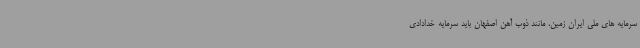
سرمایه های ملی ایران زمین، مانند ذوب آهن اصفهان باید سرمایه خدادادی